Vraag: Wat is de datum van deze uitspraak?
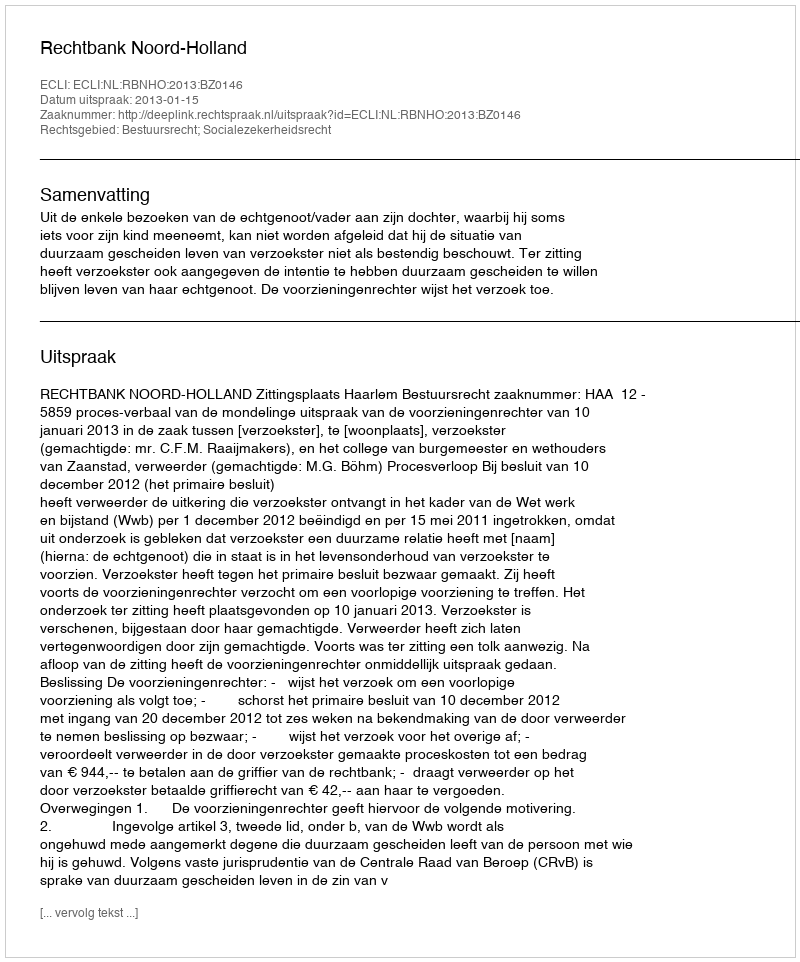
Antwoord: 2013-01-15